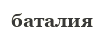
баталия